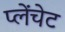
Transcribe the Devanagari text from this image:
प्लेंचेट